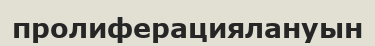
пролиферациялануын